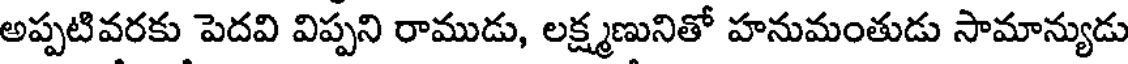
అప్పటివరకు పెదవి విప్పని రాముడు, లక్ష్మణునితో హనుమంతుడు సామాన్యుడు